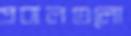
প্রবালগুলো